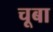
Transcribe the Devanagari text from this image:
चूबा